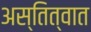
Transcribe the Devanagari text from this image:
अस्तित्‍वात